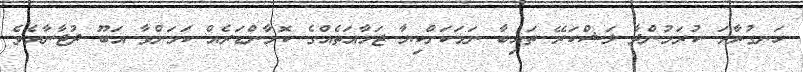
ހަނގުރާމަ ކުރަމުންދާ ލަޝްކަރޭ ތައިބާ ނަމަކަށްކިޔާ ޖަމާއަތެއްގެ ކޮމާންޑަރެއް ކަމަށްވާ އަބޫ ދުޖާނާއެވެ.